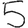
Digit: 5